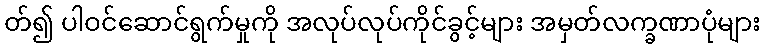
တ်၍ ပါဝင်ဆောင်ရွက်မှုကို အလုပ်လုပ်ကိုင်ခွင့်များ အမှတ်လက္ခဏာပုံများ